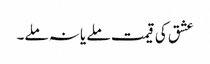
عشق کی قیمت ملے یا نہ ملے۔